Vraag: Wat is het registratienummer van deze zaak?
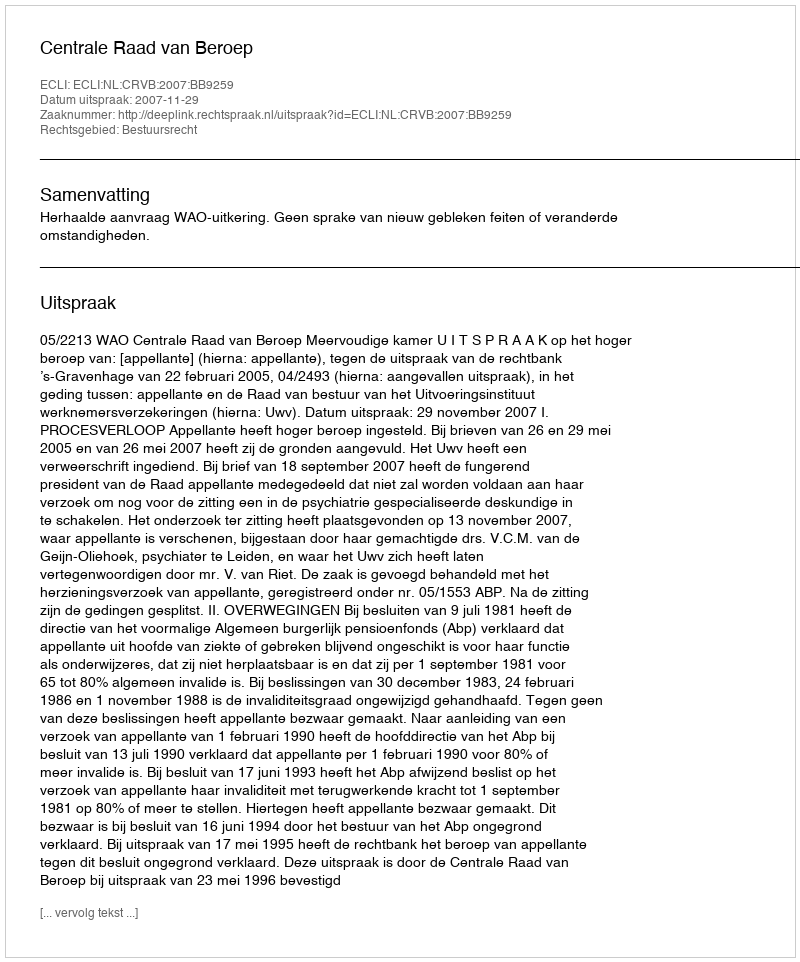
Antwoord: http://deeplink.rechtspraak.nl/uitspraak?id=ECLI:NL:CRVB:2007:BB9259